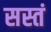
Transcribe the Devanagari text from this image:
सस्तं